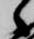
候